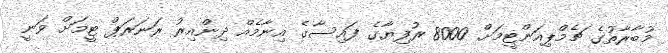
މުބާރާތުގެ ޗެމްޕިއަންޓީމަށް 8000 ރުފިޔާގެ ފައިސާގެ އިނާމެއް ދިންއިރު ރަނަރަޕް ޓީމަށް ވަނީ